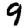
Digit: 9